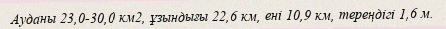
Ауданы 23,0-30,0 км2, ұзындығы 22,6 км, ені 10,9 км, тереңдігі 1,6 м.